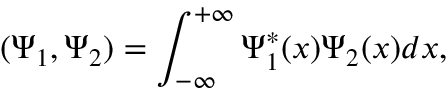
( \Psi _ { 1 } , \Psi _ { 2 } ) = \int _ { - \infty } ^ { + \infty } \Psi _ { 1 } ^ { * } ( x ) \Psi _ { 2 } ( x ) d x ,